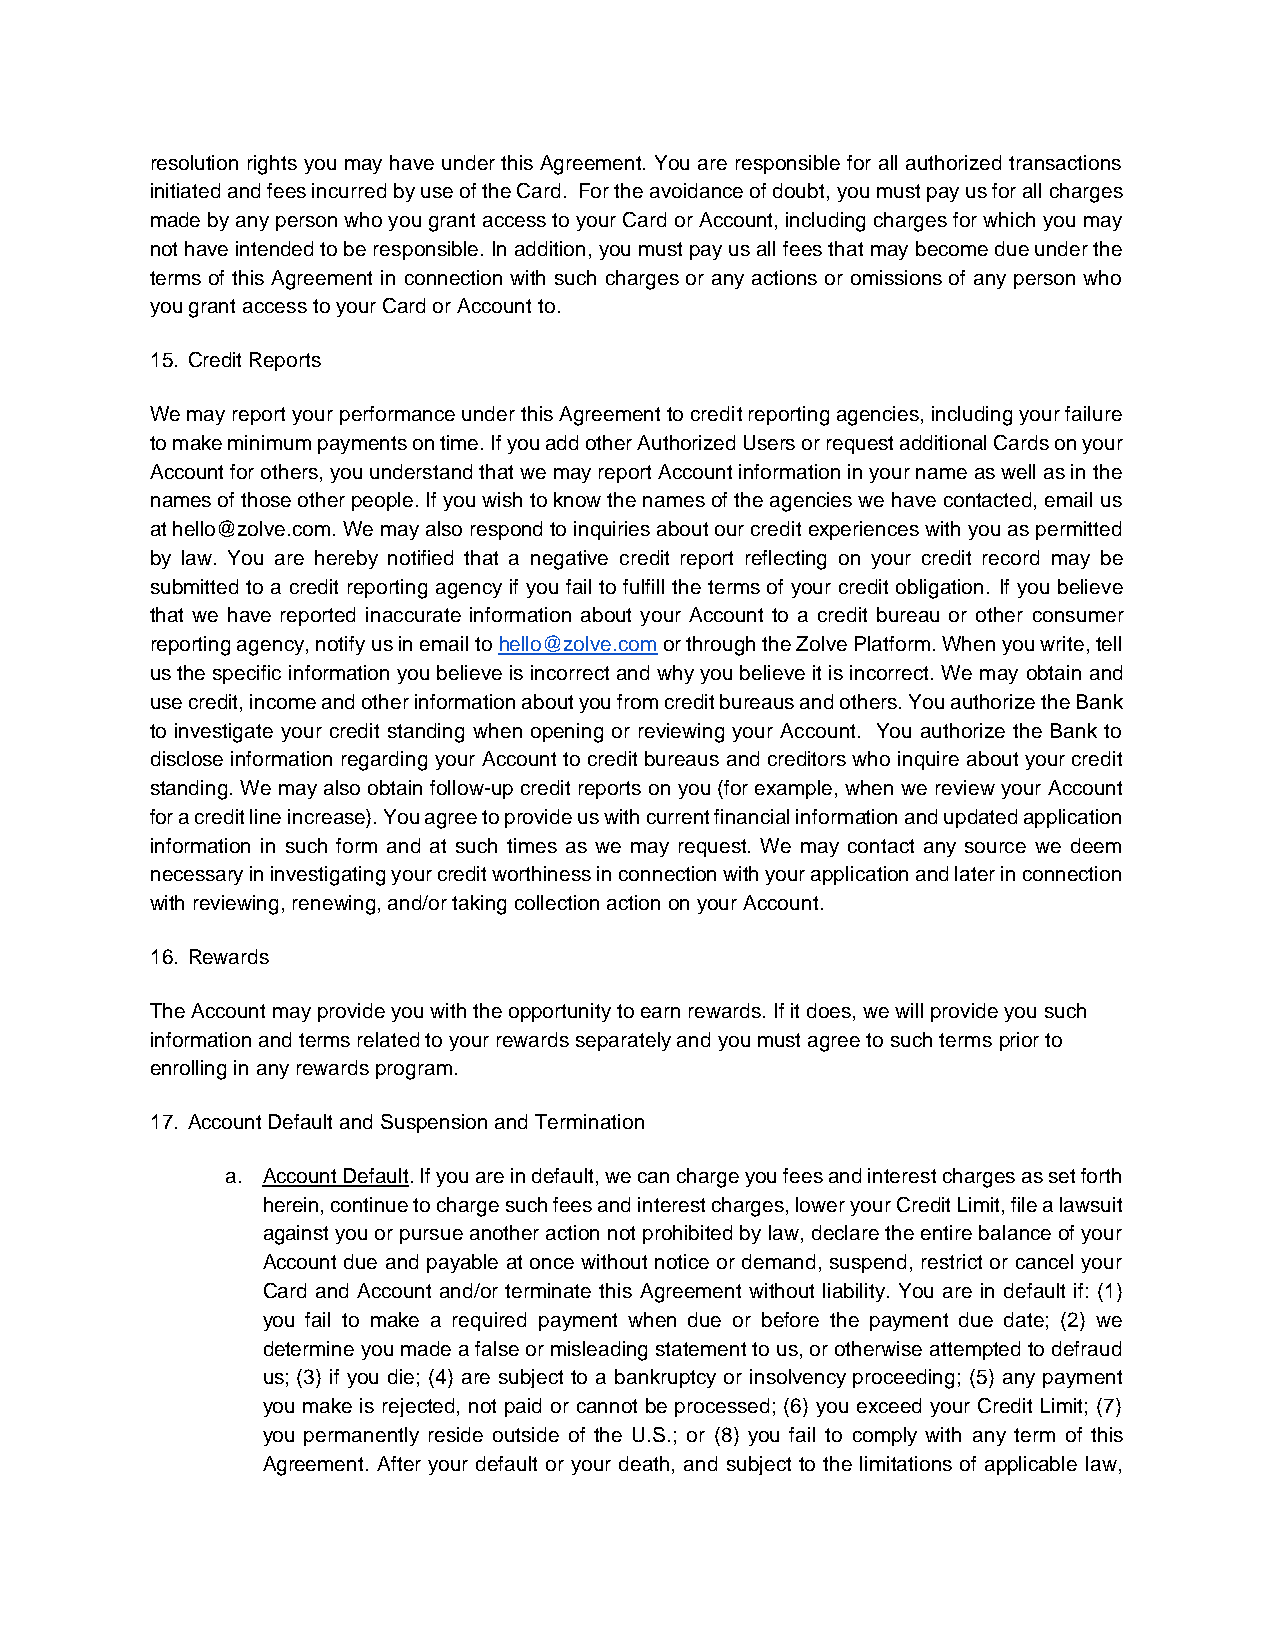
resolution rights you may have under this Agreement. You are responsible for all authorized transactions
 initiated and fees incurred by use of the Card. For the avoidance of doubt, you must pay us for all charges
 made by any person who you grant access to your Card or Account, including charges for which you may
 not have intended to be responsible. In addition, you must pay us all fees that may become due under the
 terms of this Agreement in connection with such charges or any actions or omissions of any person who
 you grant access to your Card or Account to.
 15. Credit Reports
 We may report your performance under this Agreement to credit reporting agencies, including your failure
 to make minimum payments on time. If you add other Authorized Users or request additional Cards on your
 Account for others, you understand that we may report Account information in your name as well as in the
 names of those other people. If you wish to know the names of the agencies we have contacted, email us
 at hello@zolve.com. We may also respond to inquiries about our credit experiences with you as permitted
 by law. You are hereby notified that a negative credit report reflecting on your credit record may be
 submitted to a credit reporting agency if you fail to fulfill the terms of your credit obligation. If you believe
 that we have reported inaccurate information about your Account to a credit bureau or other consumer
 reporting agency, notify us in email to hello@zolve.com or through the Zolve Platform. When you write, tell
 us the specific information you believe is incorrect and why you believe it is incorrect. We may obtain and
 use credit, income and other information about you from credit bureaus and others. You authorize the Bank
 to investigate your credit standing when opening or reviewing your Account. You authorize the Bank to
 disclose information regarding your Account to credit bureaus and creditors who inquire about your credit
 standing. We may also obtain follow-up credit reports on you (for example, when we review your Account
 for a credit line increase). You agree to provide us with current financial information and updated application
 information in such form and at such times as we may request. We may contact any source we deem
 necessary in investigating your credit worthiness in connection with your application and later in connection
 with reviewing, renewing, and/or taking collection action on your Account.
 16. Rewards
 The Account may provide you with the opportunity to earn rewards. If it does, we will provide you such
 information and terms related to your rewards separately and you must agree to such terms prior to
 enrolling in any rewards program.
 17. Account Default and Suspension and Termination
 a. Account Default. If you are in default, we can charge you fees and interest charges as set forth
 herein, continue to charge such fees and interest charges, lower your Credit Limit, file a lawsuit
 against you or pursue another action not prohibited by law, declare the entire balance of your
 Account due and payable at once without notice or demand, suspend, restrict or cancel your
 Card and Account and/or terminate this Agreement without liability. You are in default if: (1)
 you fail to make a required payment when due or before the payment due date; (2) we
 determine you made a false or misleading statement to us, or otherwise attempted to defraud
 us; (3) if you die; (4) are subject to a bankruptcy or insolvency proceeding; (5) any payment
 you make is rejected, not paid or cannot be processed; (6) you exceed your Credit Limit; (7)
 you permanently reside outside of the U.S.; or (8) you fail to comply with any term of this
 Agreement. After your default or your death, and subject to the limitations of applicable law,